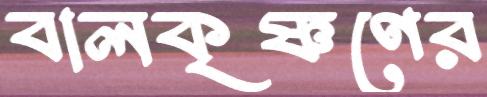
বালকৃষ্ণণের